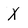
Character: X